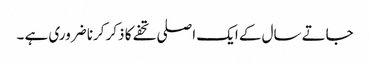
جاتے سال کے ایک اصلی تحفے کا ذکر کرنا ضروری ہے ۔